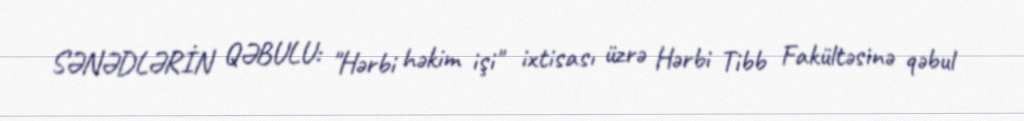
SƏNƏDLƏRİN QƏBULU: "Hərbi həkim işi" ixtisası üzrə Hərbi Tibb Fakültəsinə qəbul